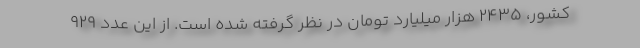
کشور، ۲۴۳۵ هزار میلیارد تومان در نظر گرفته شده است. از این عدد ۹۲۹